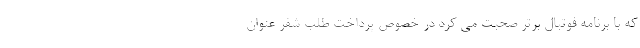
که با برنامه فوتبال برتر صحبت می کرد در خصوص پرداخت طلب شفر عنوان